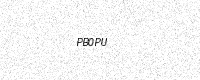
Text: PB0PU